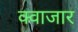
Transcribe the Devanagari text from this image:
क्वाजार